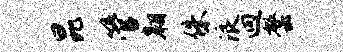
昆管翱侏浪迥罄